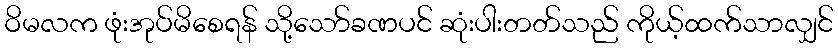
ဝိမလက ဖုံးအုပ်မိစေရန် သို့သော်ခဏပင် ဆုံးပါးတတ်သည် ကိုယ့်ထက်သာလျှင်